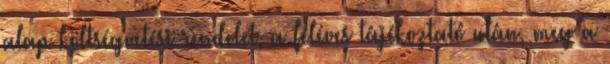
alap költségvetési rendelet, a féléves tájékoztató után, meg a